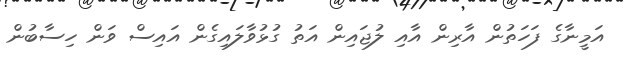
އަމީނާގެ ފަހަތުން އާރިން އާއި ލުޖައިން އަތު ގުޅުވާލައިގެން އައިސް ވަން ހިސާބުން